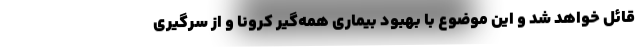
قائل خواهد شد و این موضوع با بهبود بیماری همه‌‌گیر کرونا و از سرگیری